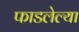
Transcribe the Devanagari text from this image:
फाडलेल्या